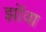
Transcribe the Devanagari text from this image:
झॉवा